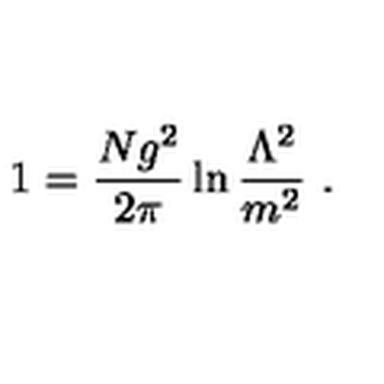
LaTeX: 1 = \frac { N g ^ { 2 } } { 2 \pi } \ln \frac { \Lambda ^ { 2 } } { m ^ { 2 } } \ .